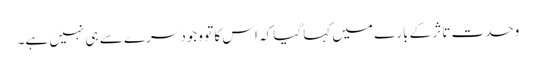
وحدت تاثر کے بارے میں کہا گیا کہ اس کا تو وجود سرے سے ہی نہیں ہے۔